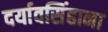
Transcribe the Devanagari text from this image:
दर्यावसिंहाना